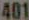
401